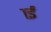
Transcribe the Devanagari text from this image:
१ई